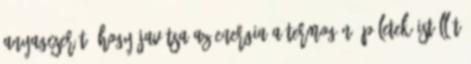
anyagcserét, hogy javítsa az energia A termogén épületek istállót